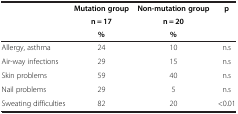
<table><thead><tr><td rowspan="3"><b> </b></td><td><b>Mutation group</b></td><td><b>Non-mutation group</b></td><td rowspan="3"><b>p</b></td></tr><tr><td><b>n = 17</b></td><td><b>n = 20</b></td></tr><tr><td><b>%</b></td><td><b>%</b></td></tr></thead><tbody><tr><td>Allergy, asthma</td><td>24</td><td>10</td><td>n.s</td></tr><tr><td>Air-way infections</td><td>29</td><td>15</td><td>n.s</td></tr><tr><td>Skin problems</td><td>59</td><td>40</td><td>n.s</td></tr><tr><td>Nail problems</td><td>29</td><td>5</td><td>n.s</td></tr><tr><td>Sweating difficulties</td><td>82</td><td>20</td><td>&lt;0.01</td></tr></tbody></table>